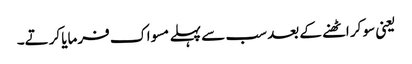
یعنی سو کر اٹھنے کے بعد سب سے پہلے مسواک فرمایا کرتے۔